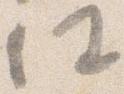
任